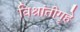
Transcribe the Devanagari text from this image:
विश्रांतीगृहे